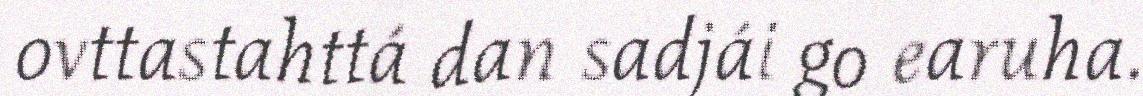
ovttastahttá dan sadjái go earuha.